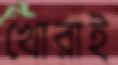
খোরাই